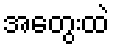
အတွေးထဲ